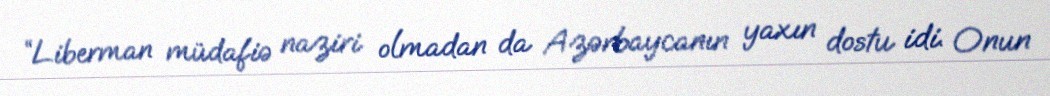
“Liberman müdafiə naziri olmadan da Azərbaycanın yaxın dostu idi. Onun